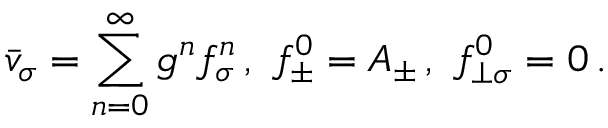
\bar { v } _ { \sigma } = \sum _ { n = 0 } ^ { \infty } g ^ { n } f _ { \sigma } ^ { n } \, , \, \, f _ { \pm } ^ { 0 } = A _ { \pm } \, , \, \, f _ { \perp \sigma } ^ { 0 } = 0 \, .